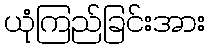
ယုံကြည်ခြင်းအား